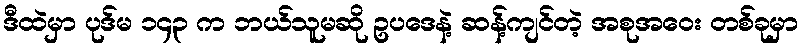
ဒီထဲမှာ ပုဒ်မ ၁၄၃ က ဘယ်သူမဆို ဥပဒေနဲ့ ဆန့်ကျင်တဲ့ အစုအဝေး တစ်ခုမှာ